Investigations into the jail dietaries of the United Provinces with some observations on the influence of dietary on the physical development and well-being of the people of the United Provinces - Number 48
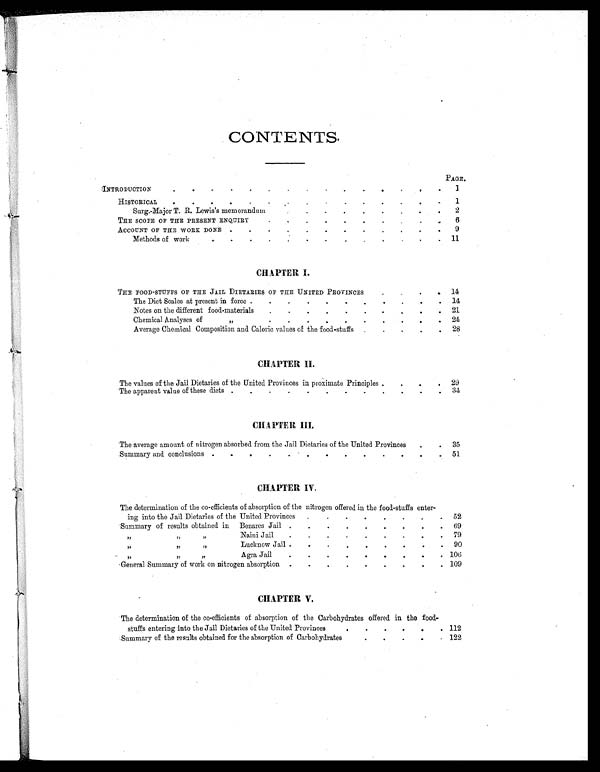
CONTENTS.
PAGE.
INTRODUCTION
. .
.
. .
. . . .
.
.
.
.
. . 1
HISTORICAL
.
.
.
.
. .
.
.
. .
.
.
.
.
. 1
Surg.-Major T. R. Lewis's memorandum
.
.
.
.
. .
.
.
. 2
THE SCOPE OF THE PRESENT ENQUIRY
.
. . .
.
.
.
.
. . 6
ACCOUNT OF THE WORK DONE .
.
. . .
.
.
.
.
. .
. 9
Methods of work
.
.
.
.
.
.
.
.
.
.
.
.
. 11
CHAPTER I.
THE FOOD-STUFFS OF THE JAIL DIETARIES OF THE UNITED PROVINCES
. .
.
. 14
The Diet Scales at present in force .
.
.
.
.
.
. .
.
.
. 14
Notes on the different food-materials
.
.
.
. .
. . .
.
. 2 1
Chemical Analyses of „
.
.
.
.
. .
. .
.
. 24
Average Chemical Composition and Caloric values of the food-stuffs
.
. .
.
. 28
CHAPTER II.
The values of the Jail Dietaries of the United Provinces in proximate Principles .
.
.
. 29
The apparent value of these diets .
.
.
.
. .
.
. .
.
. . 34
CHAPTER III.
The average amount of nitrogen absorbed from the Jail Dietaries of the United Provinces
.
. 35
Summary and conclusions .
.
.
.
.
. .
.
.
.
.
.
. 51
CHAPTER IV.
The determination of the co-efficients of absorption of the nitrogen offered in the food-stuffs enter-
ing into the Jail Dietaries of the United Provinces
. .
.
. .
.
. . 52
Summary of results obtained in Benares Jail .
.
.
.
. .
.
.
. 69
„ „ „ Naini Jail
.
.
.
.
.
.
.
.
. 79
„ „ „ Lucknow Jail .
.
.
.
.
.
.
. . 90
„ „ „ Agra Jail
.
.
.
.
.
.
.
.
. 106
General Summary of work on nitrogen absorption .
.
.
.
.
.
.
.
. 109
CHAPTER V.
The determination of the co-efficients of absorption of the Carbohydrates offered in the food-
stuffs entering into the Jail Dietaries of the United Provinces
.
.
. .
.
. 112
Summary of the results obtained for the absorption of Carbohydrates
.
.
.
.
. 122